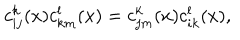
LaTeX: c _ { i j } ^ { k } ( x ) c _ { k m } ^ { l } ( x ) = c _ { j m } ^ { k } ( x ) c _ { i k } ^ { l } ( x ) ,